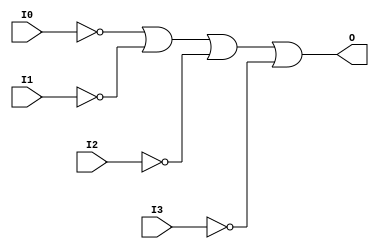
// $Header: /devl/xcs/repo/env/Databases/CAEInterfaces/verunilibs/data/unisims/OR4B4.v,v 1.6 2007/05/23 21:43:44 patrickp Exp $
///////////////////////////////////////////////////////////////////////////////
// Copyright (c) 1995/2004 Xilinx, Inc.
// All Right Reserved.
///////////////////////////////////////////////////////////////////////////////
//   ____  ____
//  /   /\/   /
// /___/  \  /    Vendor : Xilinx
// \   \   \/     Version : 10.1
//  \   \         Description : Xilinx Functional Simulation Library Component
//  /   /                  4-input OR Gate
// /___/   /\     Filename : OR4B4.v
// \   \  /  \    Timestamp : Thu Mar 25 16:43:31 PST 2004
//  \___\/\___\
//
// Revision:
//    03/23/04 - Initial version.
//    05/23/07 - Changed timescale to 1 ps / 1 ps.
//    05/23/07 - Added wire declaration for internal signals.

`timescale  1 ps / 1 ps


module OR4B4 (O, I0, I1, I2, I3);

    output O;

    input  I0, I1, I2, I3;

    wire i0_inv;
    wire i1_inv;
    wire i2_inv;
    wire i3_inv;

    not N3 (i3_inv, I3);
    not N2 (i2_inv, I2);
    not N1 (i1_inv, I1);
    not N0 (i0_inv, I0);
    or O1 (O, i0_inv, i1_inv, i2_inv, i3_inv);


endmodule